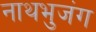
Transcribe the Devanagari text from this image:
नाथभुजंग